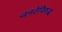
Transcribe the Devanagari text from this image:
जनतेविरुद्ध